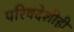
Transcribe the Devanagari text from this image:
परिषदेशीही